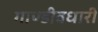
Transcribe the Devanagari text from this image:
गाण्डीवधारी